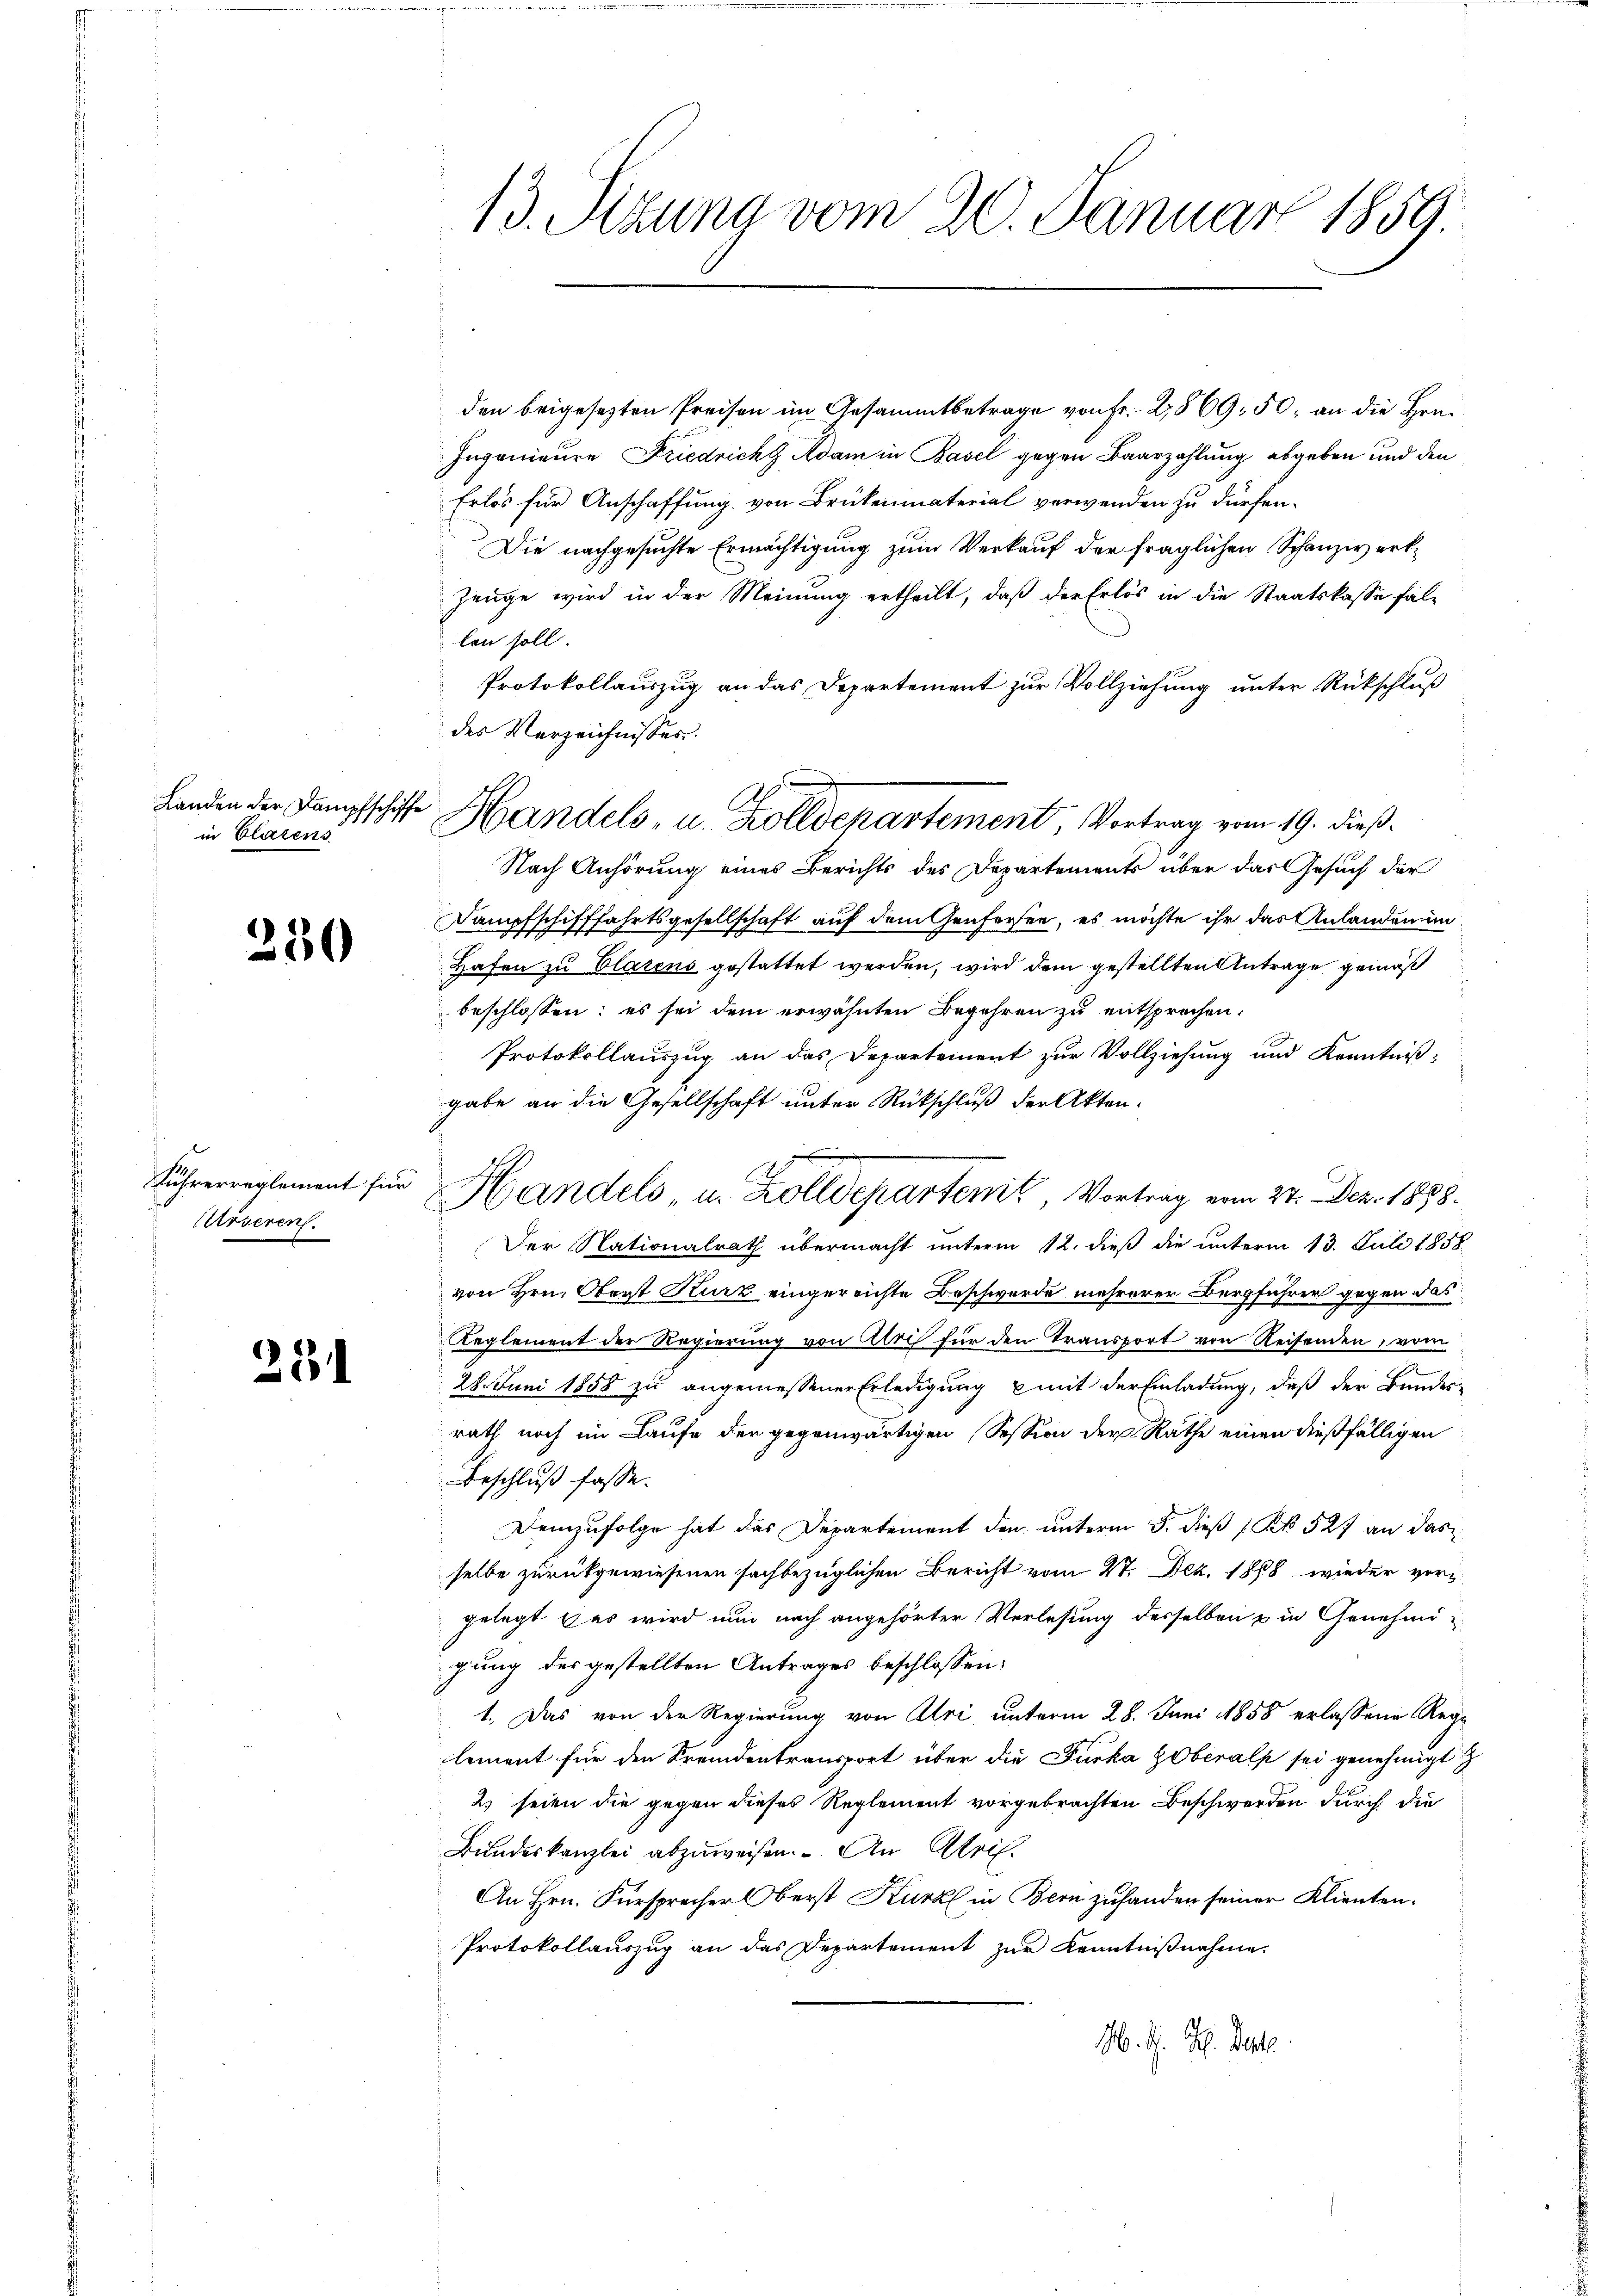
in Clarens

250

Fuhrerreglement für
Urseren.

28

13. Sizung vom 20. Januar 1859.

den beigesezten Preisen im Gesammtbetrage von Fr. 2869. 50, an die Hrn.
Ingenieure Friedricht Adam in Basel gegen Baarzahlung abgeben und den
Erlös für Anschaffung von Brükenmaterial verwenden zu dürfen.
Die nachgesuchte Ermächtigung zum Verkauf der fraglichen Schanzwerk¬
Zeuge wird in der Meinung ertheilt, daß der Erlös in die Staatskasse fal-
len soll.
Protokollauszug an das Departement zur Vollziehung unter Rückschluß
des Verzeichnisses.
Nach Anhörung eines Berichts des Departements über das Gesuch der
Dampfschifffahrtsgesellschaft auf dem Genfersee, es möchte ihr das Anlanden in
Hafen zu Clarens gestattet werden, wird dem gestellten Antrage gemäß
beschlossen: es sei dem erwähnten Begehren zu entsprechen.
Protokollauszug an das Departement zur Vollziehung und Kenntniß:
gabe an die Gesellschaft unter Rückschluß der Akten.
Handels, u. Kolldepartem Vortrag vom 24. Dez. 1888.
Der Nationalrath übermacht unterm 12. dieß die unterm 13. Juli 1858.
von Hrn. Oberst Kurz eingereichte Beschwerde mehrerer Bergführer gegen das
Reglement der Regierung von Alri für den Transport von Reisenden, vom
28. Juni 1858 zu angemessener Erledigung mit der Einladung, daß der Bundes-
rath noch im Laufe der gegenwärtigen Session der Rathe einen dießfälligen
Beschluß fasse.
Demzufolge hat das Departement den unterm 5. dieß (No 527 an das
selbe zurückgewiesenen sachbezüglichen Bericht vom 27. Dez. 1888 wieder vorgelegt & es wird nun nach angehörter Verlesung desselben u in Genehmigung des gestellten Antrages beschlossen:
1. Das von der Regierung von Atri, unterm 28. Juni 1858 erlassene Reg-
lement für den Fremdentransport über die Furka Zoberals sei genehmigt
2) seien die gegen dieses Reglement vorgebrachten Beschwerden durch die
Bundeskanzlei abzuweisen. An Abris.
An Hrn. Fürsprecher Oberst Kurz in Bern zuhanden seiner Klienten.
Protokollauszug an das Departement zur Kenntnißnahme.
M. M. D. Reste

Landen der Dampfschiffe Handels, u. Zolldepartement, Vortrag vom 19. dieß¬